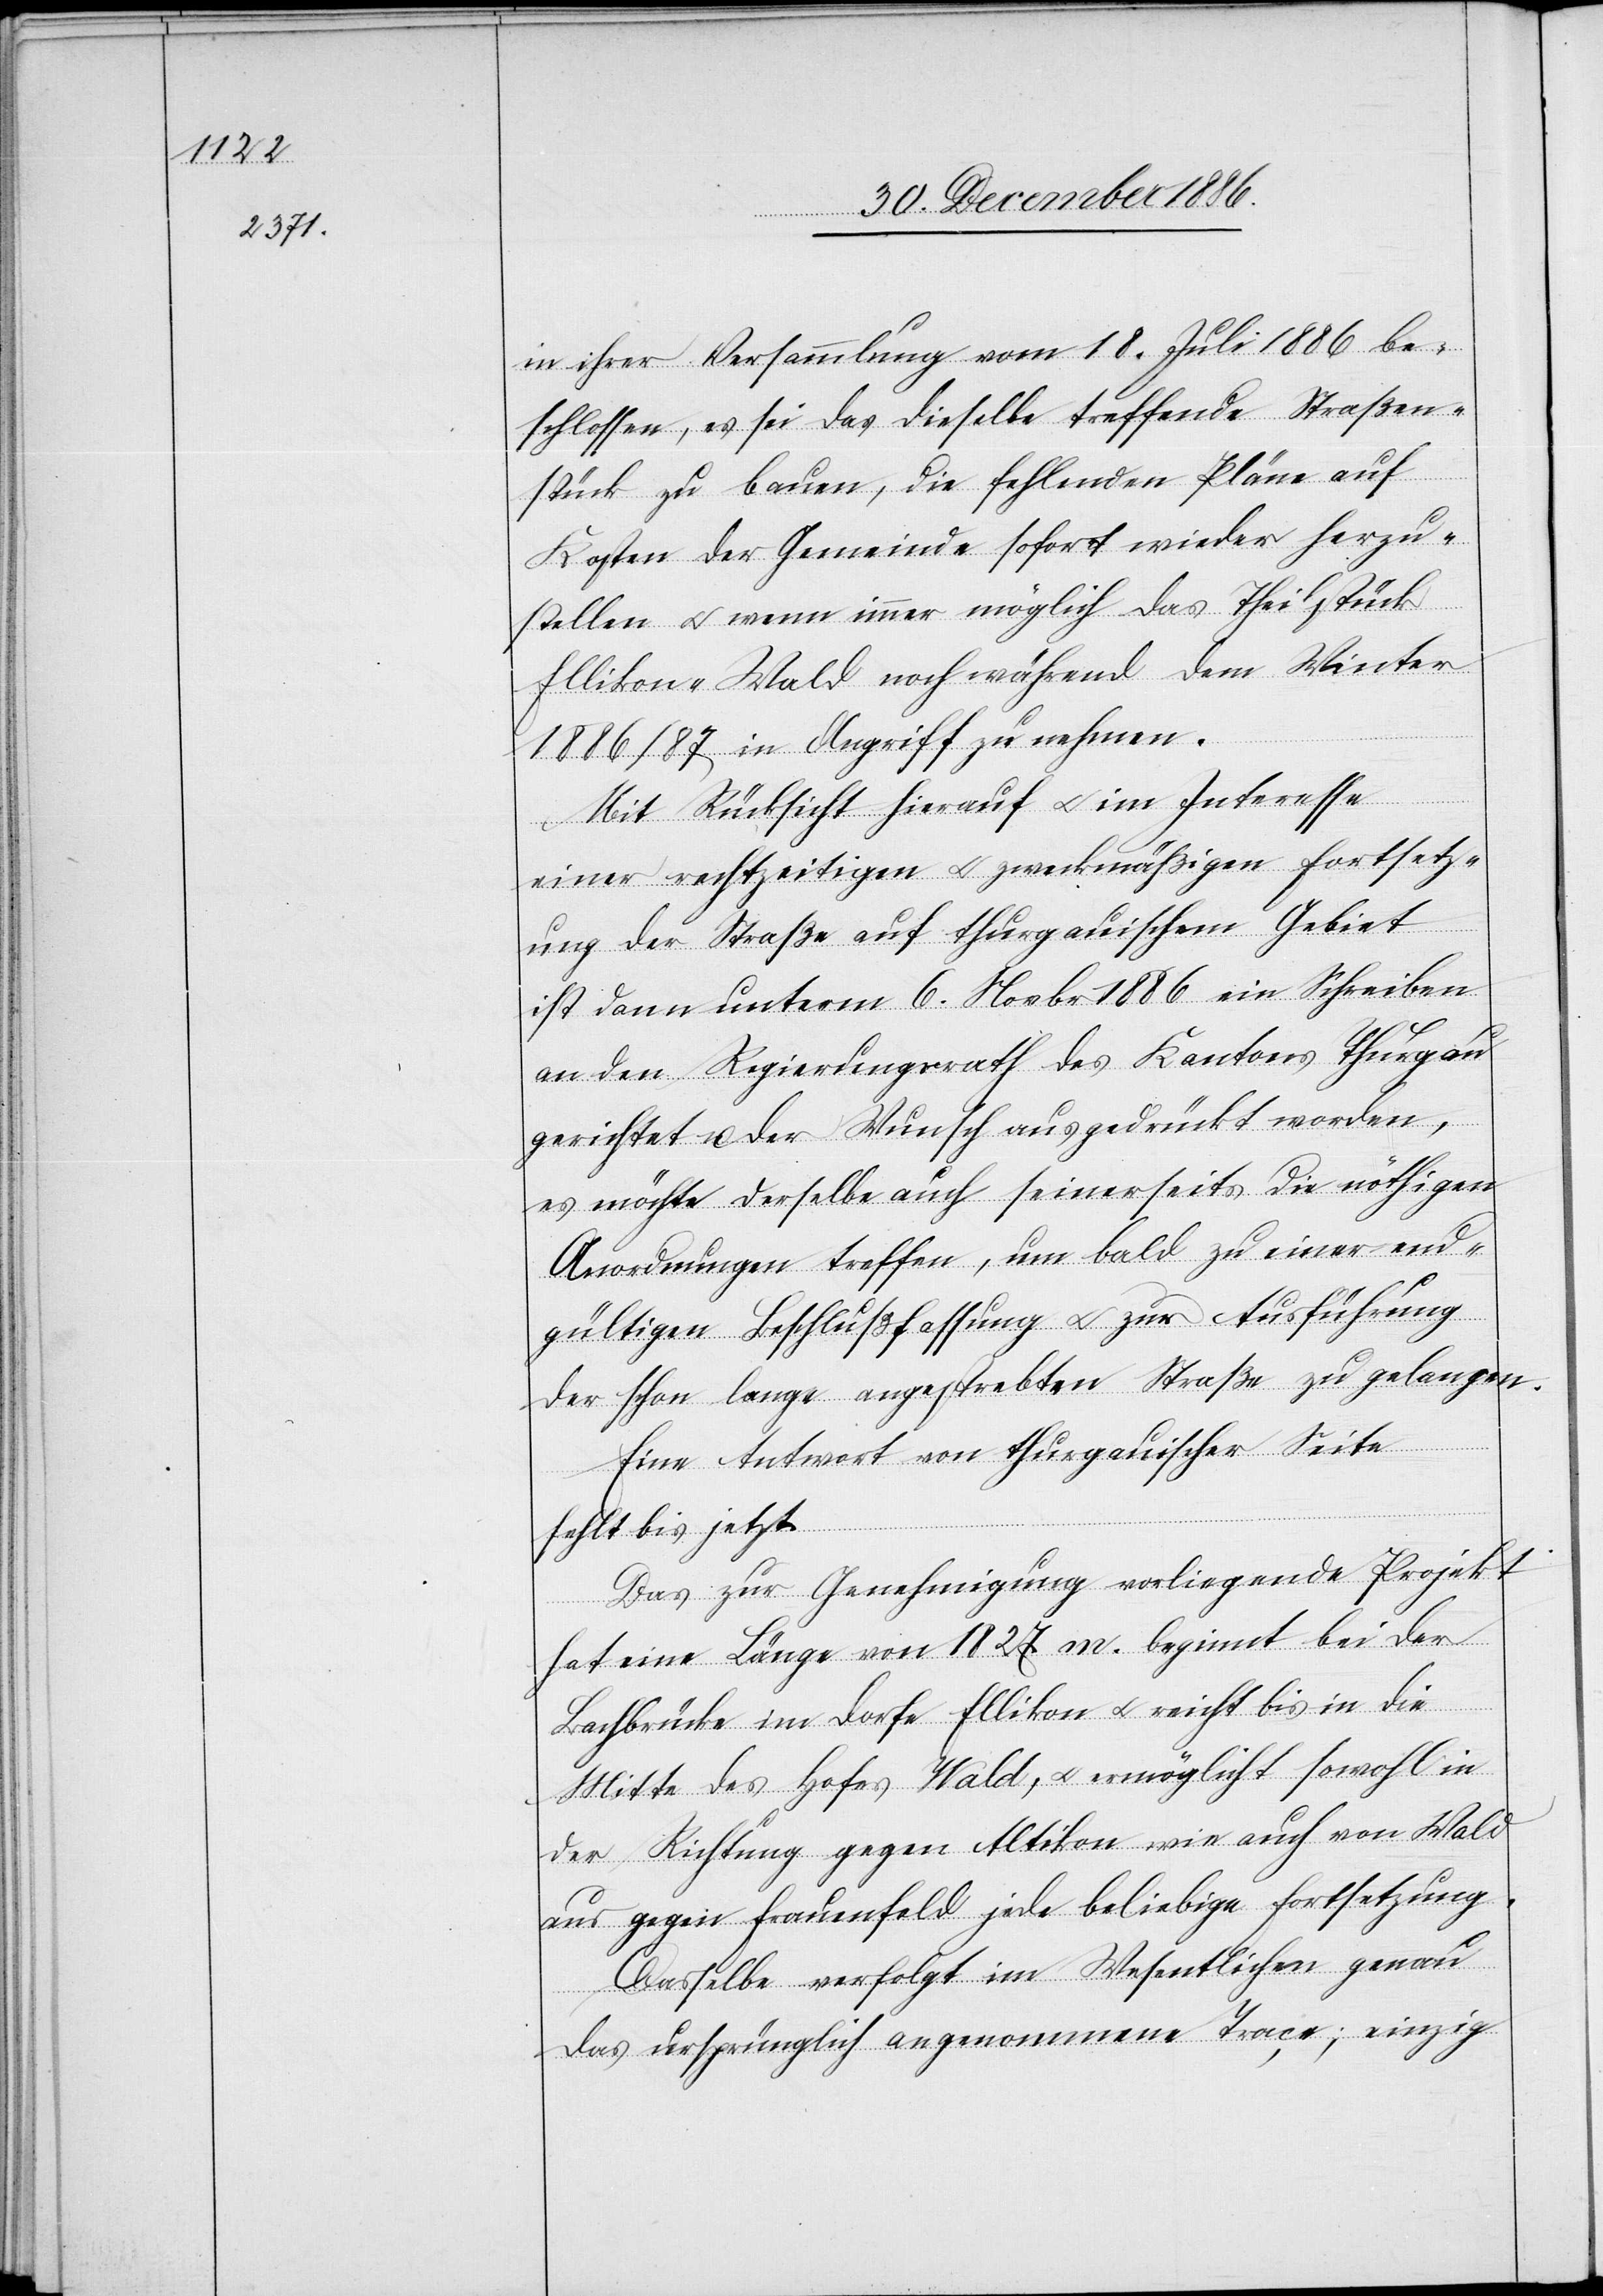
in ihrer Versammlung vom 18. Juli 1886 be¬
schlossen, es sei das dieselbe treffende Straßen¬
stück zu bauen, die fehlenden Pläne auf
Kosten der Gemeinde sofort wieder herzu¬
stellen & wenn immer möglich das Theilstück
Ellikon–Wald noch während dem Winter
1886/87 in Angriff zu nehmen.
Mit Rücksicht hierauf & im Interesse
einer rechtzeitigen & zweckmäßigen Fortsetz¬
ung der Straße auf thurgauischem Gebiet
ist dann unterm 6. Novbr. 1886 ein Schreiben
an den Regierungsrath des Kantons Thurgau
gerichtet u. der Wunsch ausgedrückt worden,
es möchte derselbe auch seinerseits die nöthigen
Anordnungen treffen, um bald zu einer end¬
gültigen Beschlußfassung & zur Ausführung
der schon lange angestrebten Straße zu gelangen.
Eine Antwort von thurgauischer Seite
fehlt bis jetzt.
Das zur Genehmigung vorliegende Projekt
hat eine Länge von 1827 m.[,] beginnt bei der
Bachbrücke im Dorfe Ellikon & reicht bis in die
Mitte des Hofes Wald, & ermöglicht sowohl in
der Richtung gegen Altikon wie auch von Wald
aus gegen Frauenfeld jede beliebige Fortsetzung.
Dasselbe verfolgt im Wesentlichen genau
das ursprünglich angenommene Trace; einzig